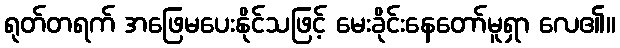
ရုတ်တရက် အဖြေမပေးနိုင်သဖြင့် မေးခိုင်းနေတော်မူရှာ လေ၏။